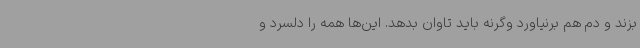
بزند و دم هم برنیاورد وگرنه باید تاوان بدهد. این‌ها همه را دلسرد و